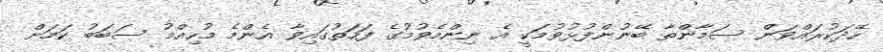
ހޭދަކުރައްވަން ސަމާންތާ ބޭނުންފުޅުވުމަކީ އެ ނިންމެވުމުގެ ފަހަތުގައިވާ އެންމެ މުހިއްމު ސަބަބު ކަމަށް